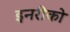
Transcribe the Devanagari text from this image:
इनरीको